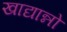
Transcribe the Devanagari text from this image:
खाद्यान्नो